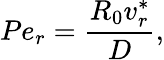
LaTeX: Pe_{r}=\frac{R_{0}v_{r}^{*}}{D},